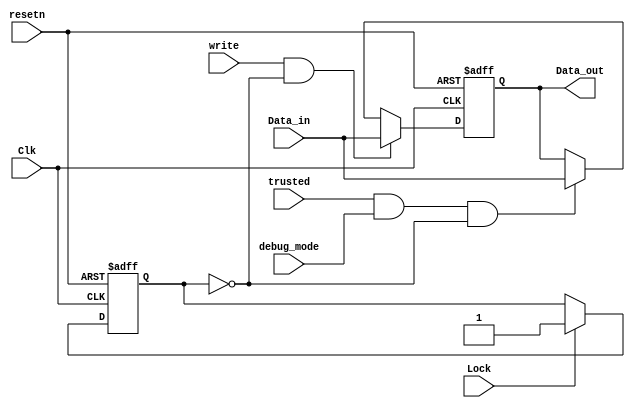
//copilot mean_prob: 0.8341355464788003
//This file was assembled by gen.py, written by redactedAuthorFirstname redactedAuthorLastname.
module Locked_register_example
(
input [15:0] Data_in,
input Clk,
input resetn,
input write,
input Lock,
input trusted,
input debug_mode,
output reg [15:0] Data_out
);

reg lock_status;

always @(posedge Clk or negedge resetn)
    if (~resetn) // Register is reset resetn
    begin
    lock_status <= 1'b0;
    end
    else if (Lock)
    begin
    lock_status <= 1'b1;
    end
    else if (~Lock)
    begin
    lock_status <= lock_status;
end

always @(posedge Clk or negedge resetn)
        if (~resetn) // Register is reset resetn
        begin
        Data_out <= 16'h0000;
        end
        else if (write & ~lock_status )
        begin
        Data_out <= Data_in;
        end
        //write Data_in into Data_out in debug_mode when trusted signal is high
        //-copilot next line-
//copilot mean_prob: 0.8341355464788003

        else if (trusted & debug_mode & ~lock_status)
        begin
        Data_out <= Data_in;
        end


endmodule